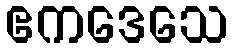
ဧကဒေသေ